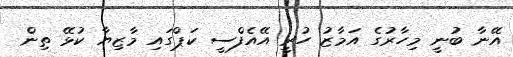
އޭނާ ބުނީ މިހާރުގެ އަމާޒު ހުރީ އޭއެފްސީ ކަޕްގައި މާޒިޔާ ކުޅޭ ތިން